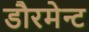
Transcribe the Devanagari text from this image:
डौरमेन्ट